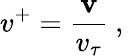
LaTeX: v^{+}=\frac{\mathbf{v}}{v_{\tau}}\mathrm{~,~}